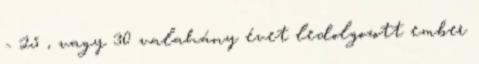
- 25 , vagy 30 valahány évet ledolgozott ember